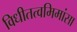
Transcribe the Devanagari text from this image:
विधीतत्वमिमांसा